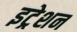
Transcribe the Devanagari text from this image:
इट्रेशन